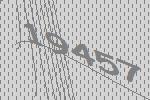
19457